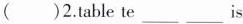
( )2. table te___ ___is